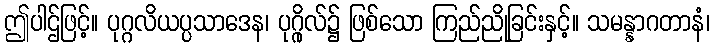
ဤပါဌ်ဖြင့်။ ပုဂ္ဂလိယပ္ပသာဒေန၊ ပုဂ္ဂိုလ်၌ ဖြစ်သော ကြည်ညိုခြင်းနှင့်။ သမန္နာဂတာနံ၊